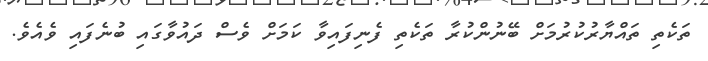
ތަކެތި ތައްޔާރުކުރުމަށް ބޭނުންކުރާ ތަކެތި ފެނިފައިވާ ކަމަށް ވެސް ދައުވާގައި ބުނެފައި ވެއެވެ.